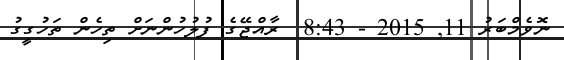
ނޮވެމްބަރު 11